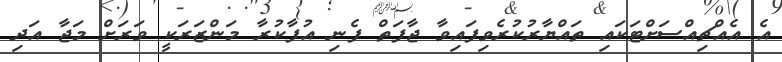
އެ އެއްޗިއްސަށްޓަކައި ތައްޔާރުކުރެވިފައިވާ ޖާފަތް ފެނި އުފާކުރާ މަންޒަރަކީ ވަރަށް މަޖާ އަދި